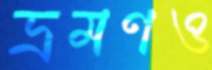
ভ্রমণও